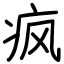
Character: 疯